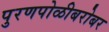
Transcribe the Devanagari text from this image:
पुरणपोळीबरोबर